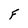
Character: F